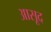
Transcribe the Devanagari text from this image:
आसूद